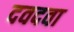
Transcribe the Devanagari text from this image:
दवदवा